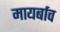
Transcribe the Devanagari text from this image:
मायर्बाव